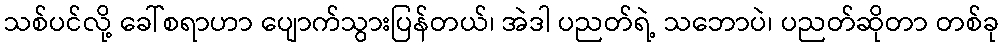
သစ်ပင်လို့ ခေါ်စရာဟာ ပျောက်သွားပြန်တယ်၊ အဲဒါ ပညတ်ရဲ့ သဘောပဲ၊ ပညတ်ဆိုတာ တစ်ခု